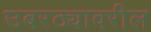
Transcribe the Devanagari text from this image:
उबरठ्यावरील